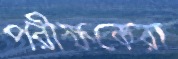
পরীক্ষকেরা